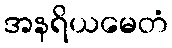
အနရိယမေတံ